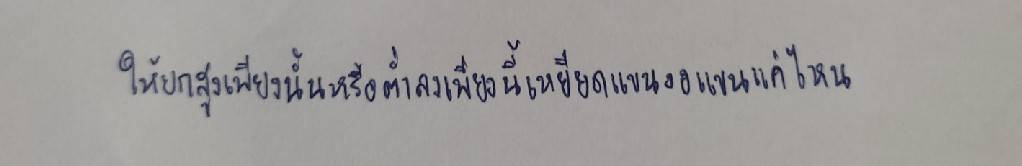
ให้ยกสูงเพียงนั้นหรือต่ำลงเพียงนี้เหยียดแขนงอแขนแค่ไหน